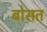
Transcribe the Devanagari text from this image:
बोसत